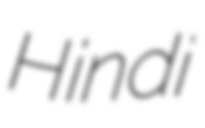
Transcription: Hindi